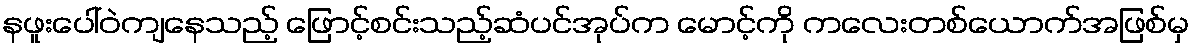
နဖူးပေါ်ဝဲကျနေသည့် ဖြောင့်စင်းသည့်ဆံပင်အုပ်က မောင့်ကို ကလေးတစ်ယောက်အဖြစ်မှ